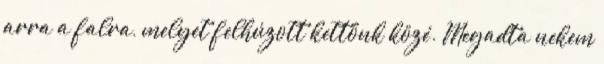
arra a falra, melyet felhúzott kettőnk közé. Megadta nekem